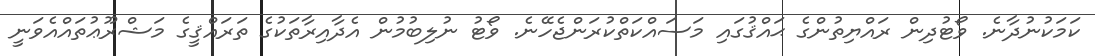
ކަމަކުނުދާނެ. ވޯޓުދިން ރައްޔިތުންގެ ޙައްޤުގައި މަސައްކަތްކުރަންޖެހޭނެ. ވޯޓު ނުލިބުމުން އެދާއިރާތަކުގެ ތަރައްޤީގެ މަޝްރޫޢުތައްއެވަނީ